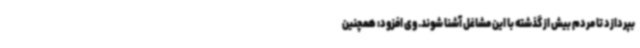
بپردازد تا مردم بیش از گذشته با این مشاغل آشنا شوند. وی افزود: همچنین